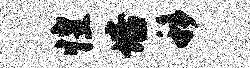
惶培移